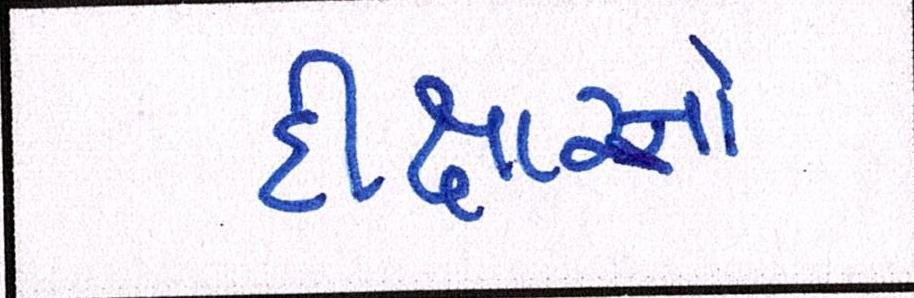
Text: દીક્ષાઓ